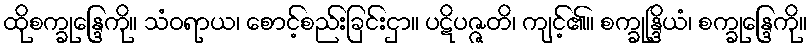
ထိုစက္ခုန္ဒြေကို။ သံဝရာယ၊ စောင့်စည်းခြင်းငှာ။ ပဋိပဇ္ဇတိ၊ ကျင့်၏။ စက္ခုန္ဒြိယံ၊ စက္ခုန္ဒြေကို။